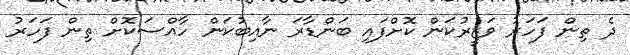
ދެ ތިން ފަހަރު ވަޒީރުކަން ކޮށްފައި ބަންޑާރަ ނާއިބުކަން ހާއްސަކޮށް ތިން ފަހަރު